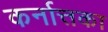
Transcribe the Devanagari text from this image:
कर्नात्तका